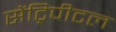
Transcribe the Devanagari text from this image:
सेंट्रिपीटल